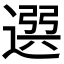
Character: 𨕖